画像に写った文字を読んでください
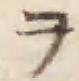
「ヲ」と書いてあります